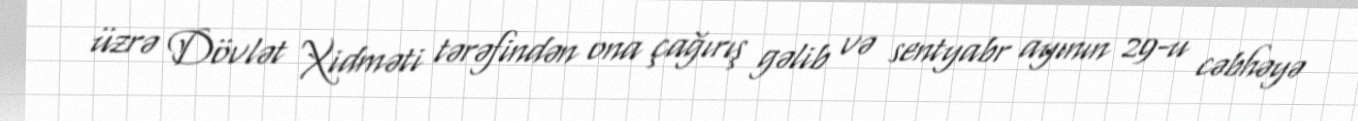
üzrə Dövlət Xidməti tərəfindən ona çağırış gəlib və sentyabr ayının 29-u cəbhəyə